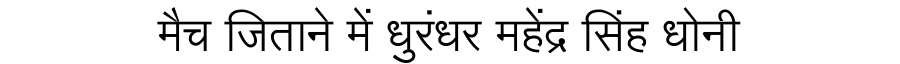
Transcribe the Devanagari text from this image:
मैच जिताने में धुरंधर महेंद्र सिंह धोनी